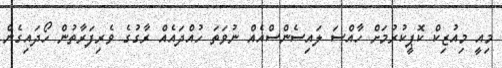
މިއީ މިއުޒިކް ކޮޕީކުރުމަށް ހާއްސަ ލައިސެންސްއެއް ނުވަތަ ހުއްދައެއް ރާގުގެ ވެރިފަރާތުން ހޯދައިގެން